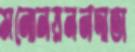
মনোনয়ননদাতা